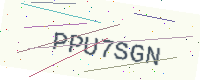
Text: PPU7SGN